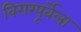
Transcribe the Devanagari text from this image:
विरारपूर्वेला